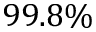
9 9 . 8 \%